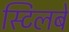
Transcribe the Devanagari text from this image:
स्टिलबे